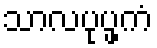
သာလပုပ္ဖကံ